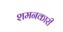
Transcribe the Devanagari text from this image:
शमनकारी